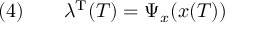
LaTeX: ( 4 ) \qquad \lambda ^ { \mathrm { { T } } } ( T ) = \Psi _ { x } ( x ( T ) )